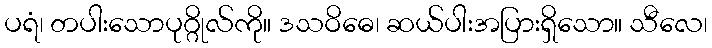
ပရံ၊ တပါးသောပုဂ္ဂိုလ်ကို။ ဒသဝိဓေ၊ ဆယ်ပါးအပြားရှိသော။ သီလေ၊